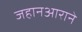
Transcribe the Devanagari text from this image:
जहानआराने